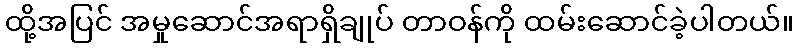
ထို့အပြင် အမှုဆောင်အရာရှိချုပ် တာဝန်ကို ထမ်းဆောင်ခဲ့ပါတယ်။